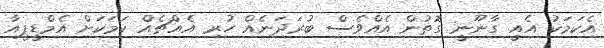
އެކަމަކު އެއީ ގާނޫނީ ގޮތުން އެއްވެސް ބުރަދަނެއް ހުރި އެއްޗެއް ކަމަކަށް އެމްޑީޕީއާ